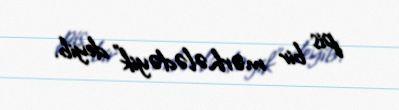
pis bir mərhələdəyik" deyib.